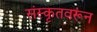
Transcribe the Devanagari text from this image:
संस्कृतवरून